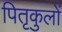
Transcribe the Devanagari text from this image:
पितृकुलों